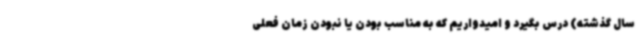
سال گذشته) درس بگیرد و امیدواریم که به مناسب بودن یا نبودن زمان فعلی